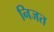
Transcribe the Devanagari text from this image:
निजत